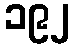
၁၉၂